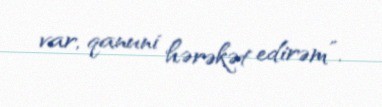
var, qanuni hərəkət edirəm”.